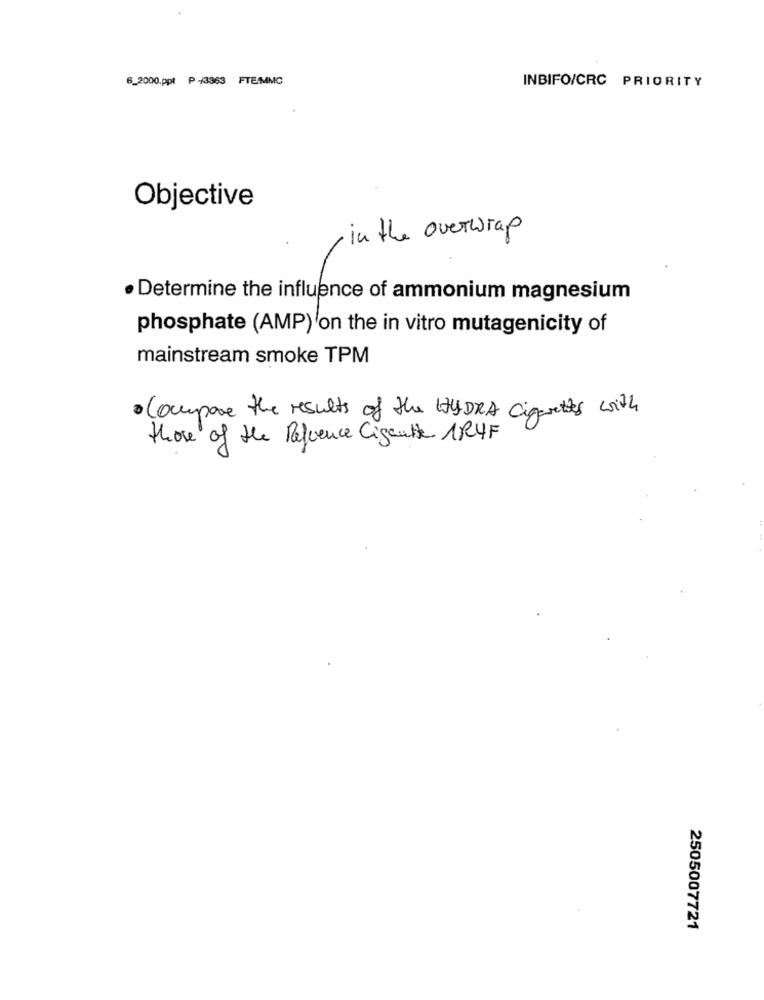
6_2000.ppt P +3363 FTE/MMC
INBIFO/CRC PRIORITY
Objective
in the overwrap
. Determine the influence of ammonium magnesium
phosphate (AMP) on the in vitro mutagenicity of
mainstream smoke TPM
· Compare the results of the HYDRA Cigarettes with
those of the Reference Cigente 1RUF
2505007721